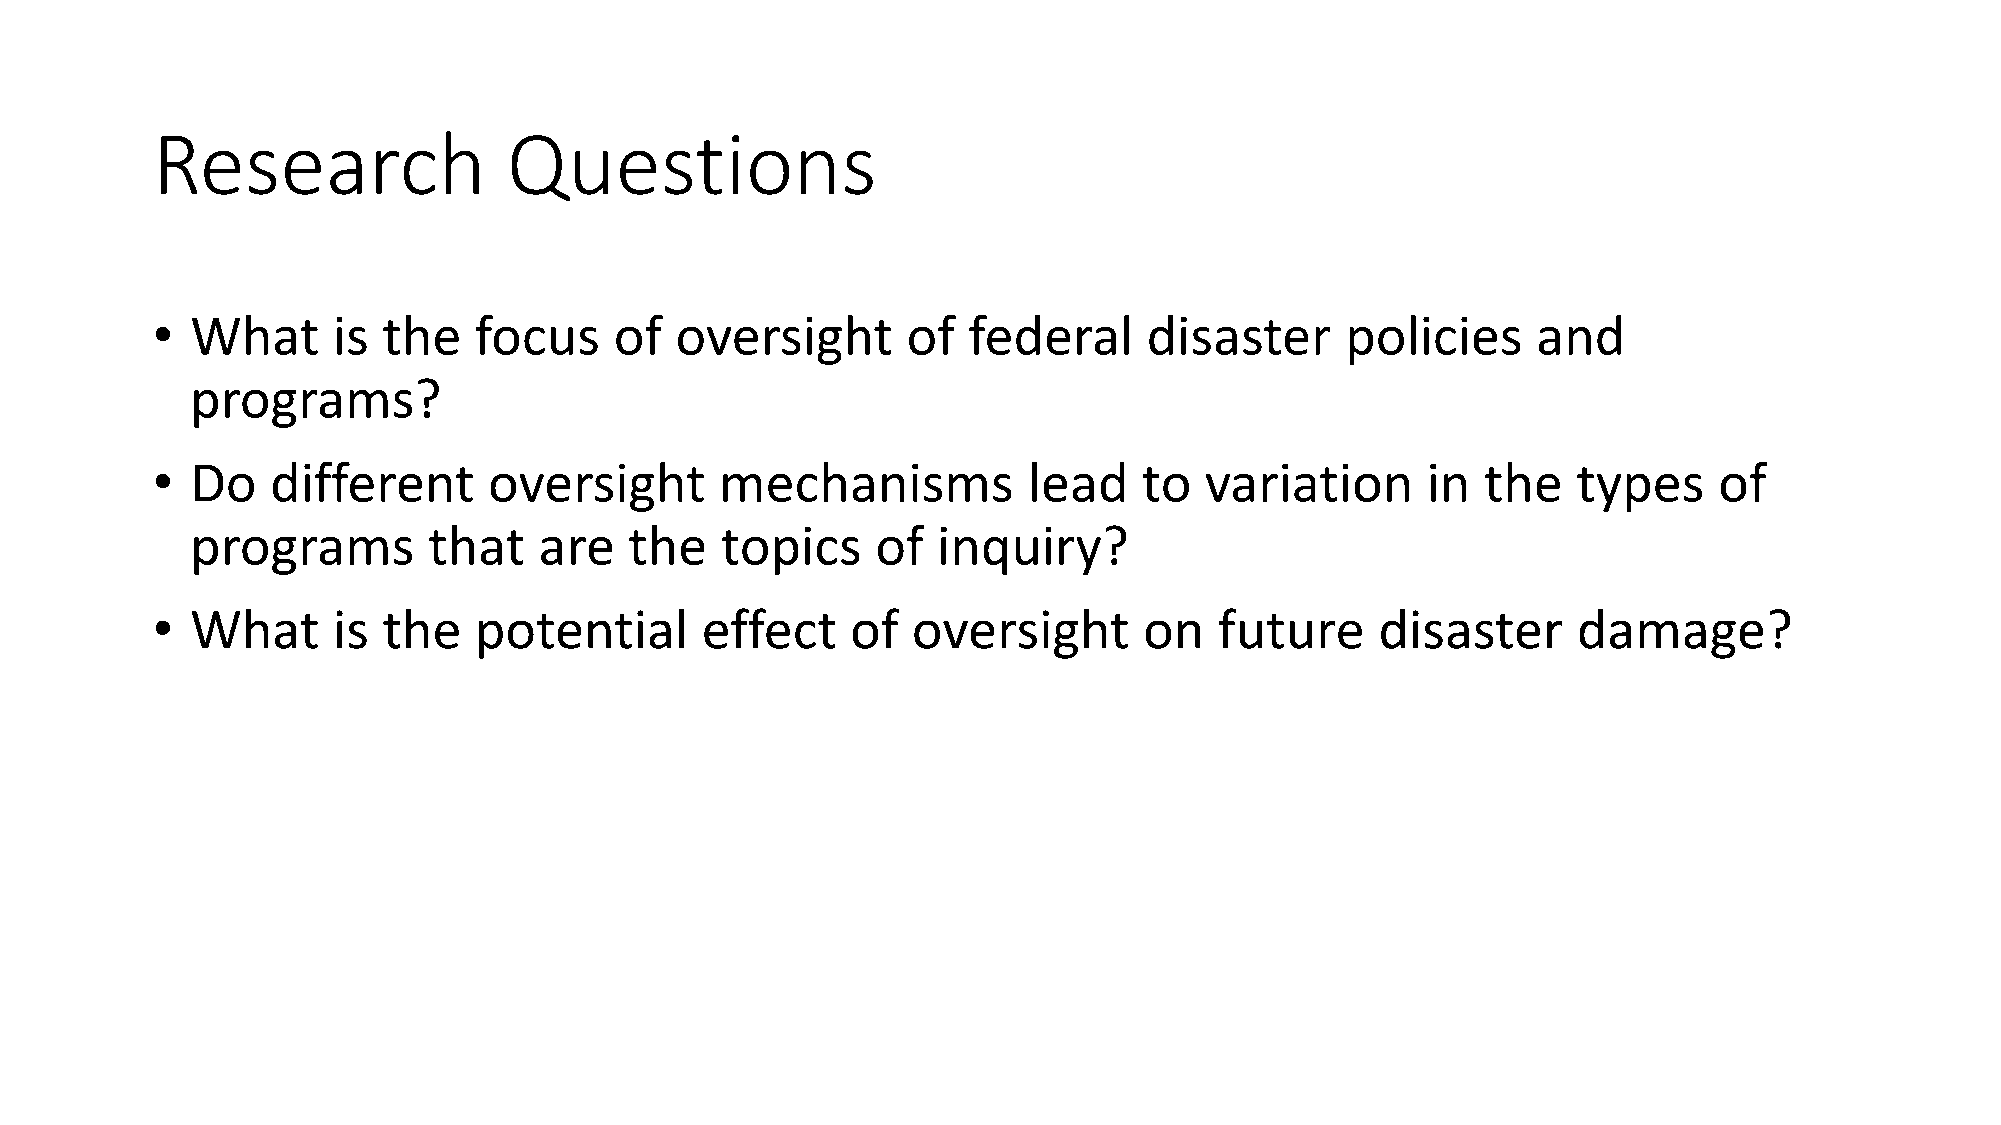
Research                Questions
 •  What     is the   focus     of  oversight      of  federal     disaster     policies     and
 programs?
 •  Do   different     oversight       mechanisms          lead    to  variation     in  the   types     of
 programs       that    are   the   topics    of  inquiry?
 •  What     is the   potential      effect    of  oversight       on   future    disaster     damage?